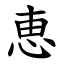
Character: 恵